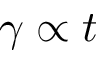
\gamma \propto t